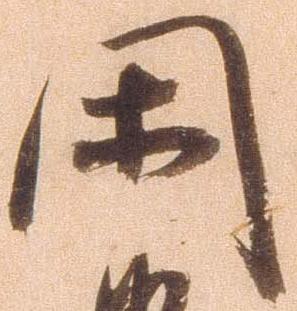
閑